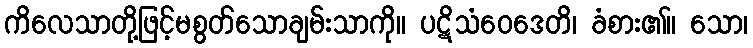
ကိလေသာတို့ဖြင့်မစွတ်သောချမ်းသာကို။ ပဋိသံဝေဒေတိ၊ ခံစား၏။ သော၊